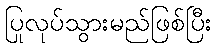
ပြုလုပ်သွားမည်ဖြစ်ပြီး